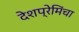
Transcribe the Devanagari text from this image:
देशप्रेमिंचा